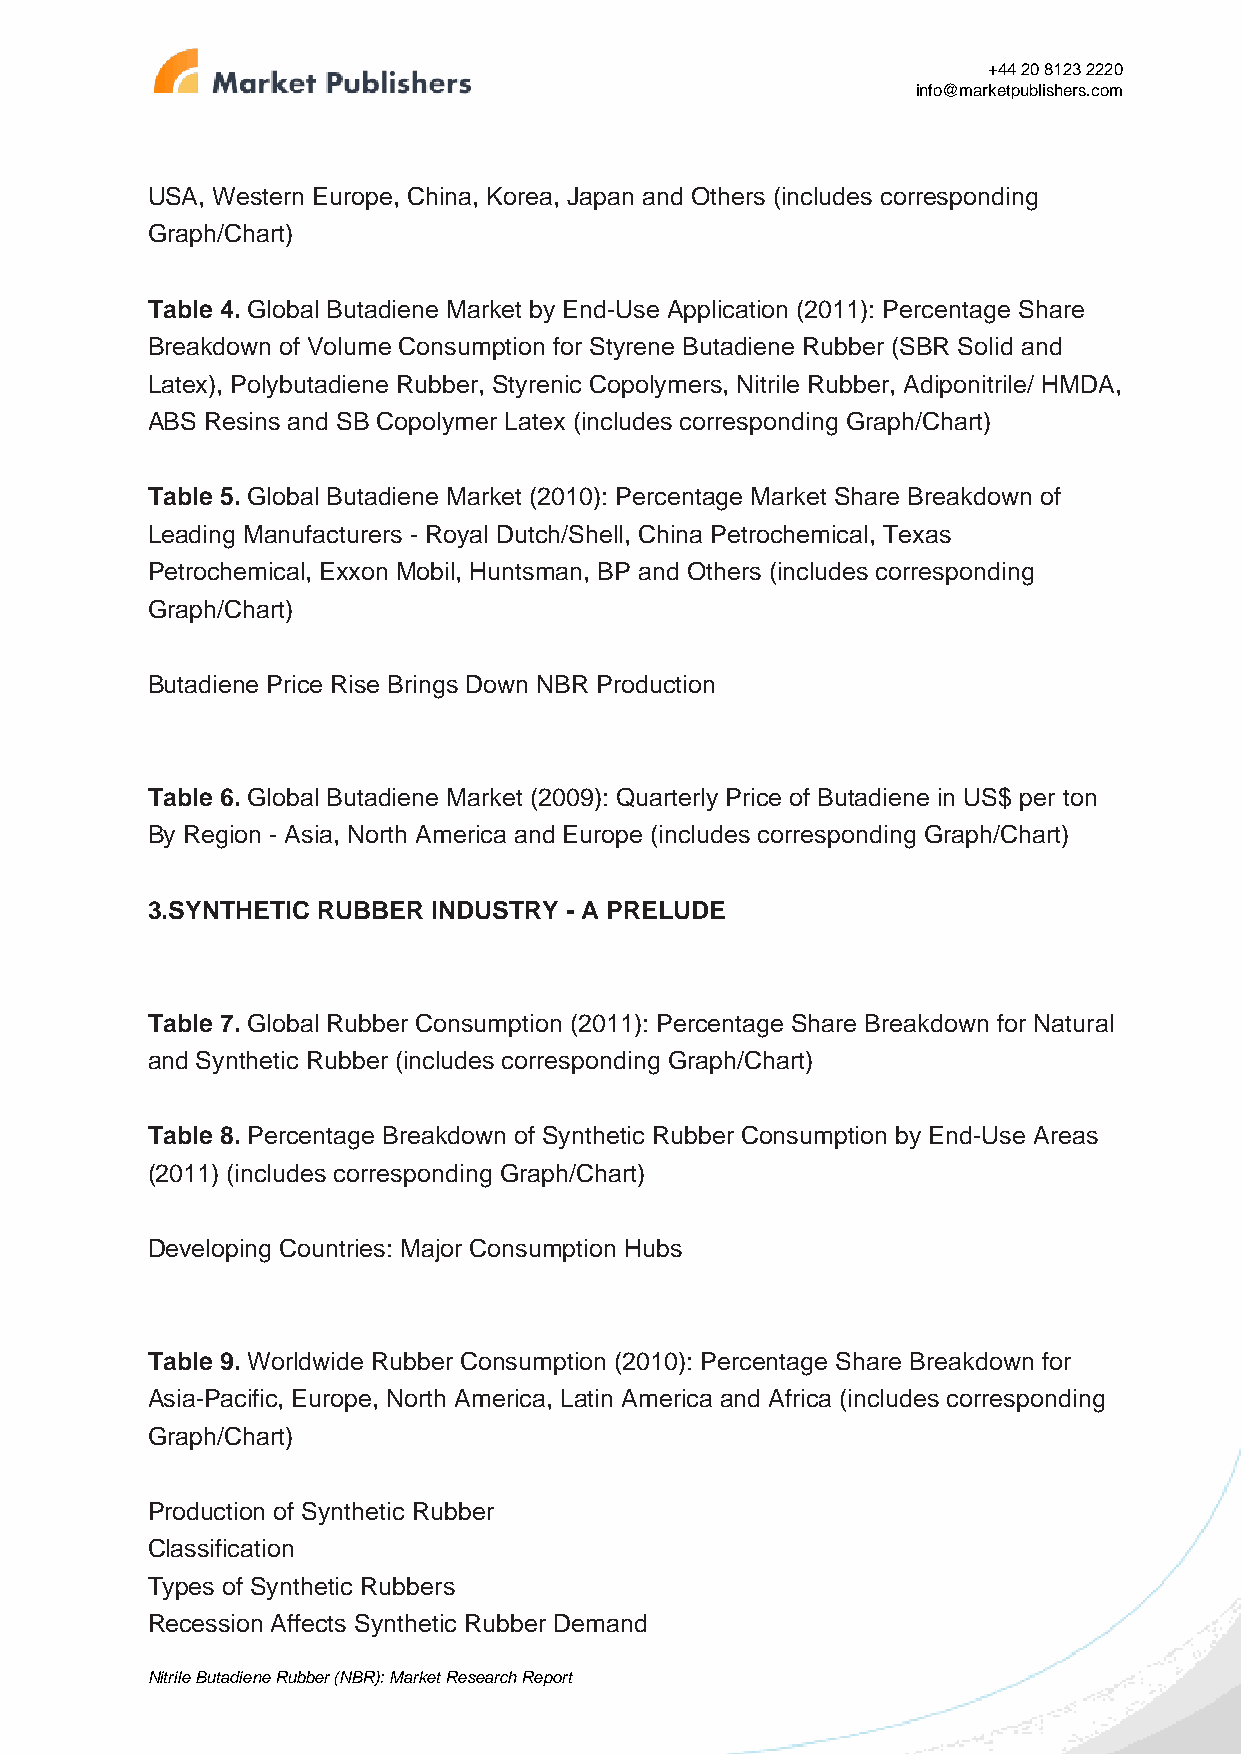
+44 20 8123 2220
 info@marketpublishers.com
 USA, Western Europe, China, Korea, Japan and Others (includes corresponding
 Graph/Chart)
 Table 4. Global Butadiene Market by End-Use Application (2011): Percentage Share
 Breakdown of Volume Consumption for Styrene Butadiene Rubber (SBR Solid and
 Latex), Polybutadiene Rubber, Styrenic Copolymers, Nitrile Rubber, Adiponitrile/ HMDA,
 ABS Resins and SB Copolymer Latex (includes corresponding Graph/Chart)
 Table 5. Global Butadiene Market (2010): Percentage Market Share Breakdown of
 Leading Manufacturers - Royal Dutch/Shell, China Petrochemical, Texas
 Petrochemical, Exxon Mobil, Huntsman, BP and Others (includes corresponding
 Graph/Chart)
 Butadiene Price Rise Brings Down NBR Production
 Table 6. Global Butadiene Market (2009): Quarterly Price of Butadiene in US$ per ton
 By Region - Asia, North America and Europe (includes corresponding Graph/Chart)
 3.SYNTHETIC RUBBER INDUSTRY - A PRELUDE
 Table 7. Global Rubber Consumption (2011): Percentage Share Breakdown for Natural
 and Synthetic Rubber (includes corresponding Graph/Chart)
 Table 8. Percentage Breakdown of Synthetic Rubber Consumption by End-Use Areas
 (2011) (includes corresponding Graph/Chart)
 Developing Countries: Major Consumption Hubs
 Table 9. Worldwide Rubber Consumption (2010): Percentage Share Breakdown for
 Asia-Pacific, Europe, North America, Latin America and Africa (includes corresponding
 Graph/Chart)
 Production of Synthetic Rubber
 Classification
 Types of Synthetic Rubbers
 Recession Affects Synthetic Rubber Demand
 Nitrile Butadiene Rubber (NBR): Market Research Report